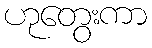
ဟုတွေးကာ